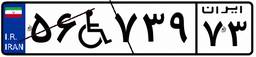
۵۶W۷۳۹۷۳